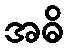
အဓိ